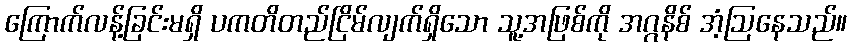
ကြောက်လန့်ခြင်းမရှိ ပကတိတည်ငြိမ်လျက်ရှိသော သူ့အဖြစ်ကို အဂ္ဂနိစ် အံ့ဩနေသည်။